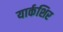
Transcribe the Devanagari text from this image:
यार्कशिर